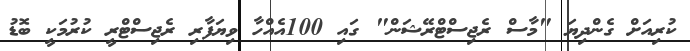
ކުރިއަށް ގެންދިޔަ "މާސް ރެޖިސްޓްރޭޝަން" ގައި 100އެއްހާ ވިޔަފާރި ރެޖިސްޓްރީ ކުރުމަކީ ބޮޑު